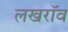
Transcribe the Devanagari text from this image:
लखरॉव